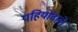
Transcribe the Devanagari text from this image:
पहियोंवाले